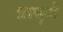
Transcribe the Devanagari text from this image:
प्राघूर्ण